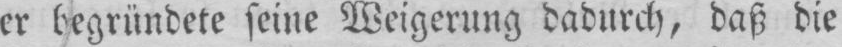
er begründete seine Weigerung dadurch, daß die